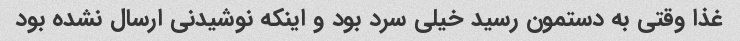
غذا وقتی به دستمون رسید خیلی سرد بود و اینکه نوشیدنی ارسال نشده بود